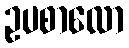
ဥပစာလော